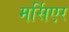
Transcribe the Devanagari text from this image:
मर्सिएर